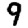
Digit: 9